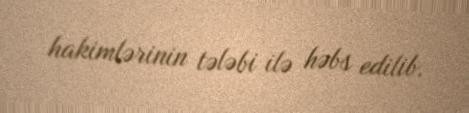
hakimlərinin tələbi ilə həbs edilib.